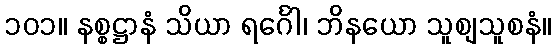
၁၀၁။ နစ္စဋ္ဌာနံ သိယာ ရင်္ဂေါ၊ ဘိနယော သူစျသူစနံ။